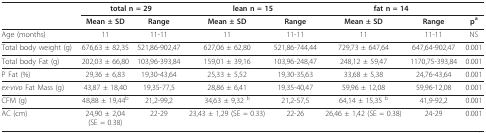
<table><thead><tr><td></td><td colspan="2"><b>total n = 29</b></td><td colspan="2"><b>lean n = 15</b></td><td colspan="2"><b>fat n = 14</b></td><td></td></tr><tr><td></td><td><b>Mean ± SD</b></td><td><b>Range</b></td><td><b>Mean ± SD</b></td><td><b>Range</b></td><td><b>Mean ± SD</b></td><td><b>Range</b></td><td><b>p<sup>a</sup></b></td></tr></thead><tbody><tr><td>Age (months)</td><td>11</td><td>11-11</td><td>11</td><td>11-11</td><td>11</td><td>11-11</td><td>NS</td></tr><tr><td>Total body weight (g)</td><td>676,63 ± 82,35</td><td>521,86-902,47</td><td>627,06 ± 62,80</td><td>521,86-744,44</td><td>729,73 ± 647,64</td><td>647,64-902,47</td><td>0.001</td></tr><tr><td>Total body Fat (g)</td><td>202,03 ± 66,80</td><td>103,96-393,84</td><td>159,01 ± 39,16</td><td>103,96-248,47</td><td>248,12 ± 59,47</td><td>1170,75-393,84</td><td>0.001</td></tr><tr><td>P Fat (%)</td><td>29,36 ± 6,83</td><td>19,30-43,64</td><td>25,33 ± 5,52</td><td>19,30-35,63</td><td>33,68 ± 5,38</td><td>24,76-43,64</td><td>0.001</td></tr><tr><td><i>ex-vivo </i>Fat Mass (g)</td><td>43,87 ± 18,40</td><td>19,35-77,5</td><td>28,86 ± 6,41</td><td>19,35-40,47</td><td>59,96 ± 12,08</td><td>59,96-12,08</td><td>0.001</td></tr><tr><td>CFM (g)</td><td>48,88 ± 19,44<sup>b</sup></td><td>21,2-99,2</td><td>34,63 ± 9,32 <sup>b</sup></td><td>21,2-57,5</td><td>64,14 ± 15,35 <sup>b</sup></td><td>41,9-92,2</td><td>0.001</td></tr><tr><td>AC (cm)</td><td>24,90 ± 2,04 (SE = 0.38)</td><td>22-29</td><td>23,43 ± 1,29 (SE = 0.33)</td><td>22-26</td><td>26,46 ± 1,42 (SE = 0.38)</td><td>24-29</td><td>0.001</td></tr></tbody></table>